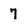
Character: 7